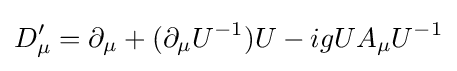
D'_{\mu }=\partial _{\mu }+(\partial _{\mu }U^{-1})U-igUA_{\mu }U^{-1}